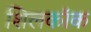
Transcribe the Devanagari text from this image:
शिलकॉक